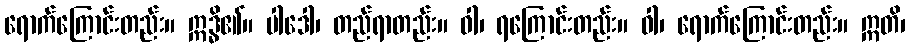
ရောက်ကြောင်းတည်း။ ဣဒ္ဓိ၏။ ပါဒေါ၊ တည်ရာတည်း။ ဝါ၊ ရကြောင်းတည်း။ ဝါ၊ ရောက်ကြောင်းတည်း။ ဣတိ၊